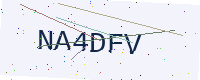
Text: NA4DFV